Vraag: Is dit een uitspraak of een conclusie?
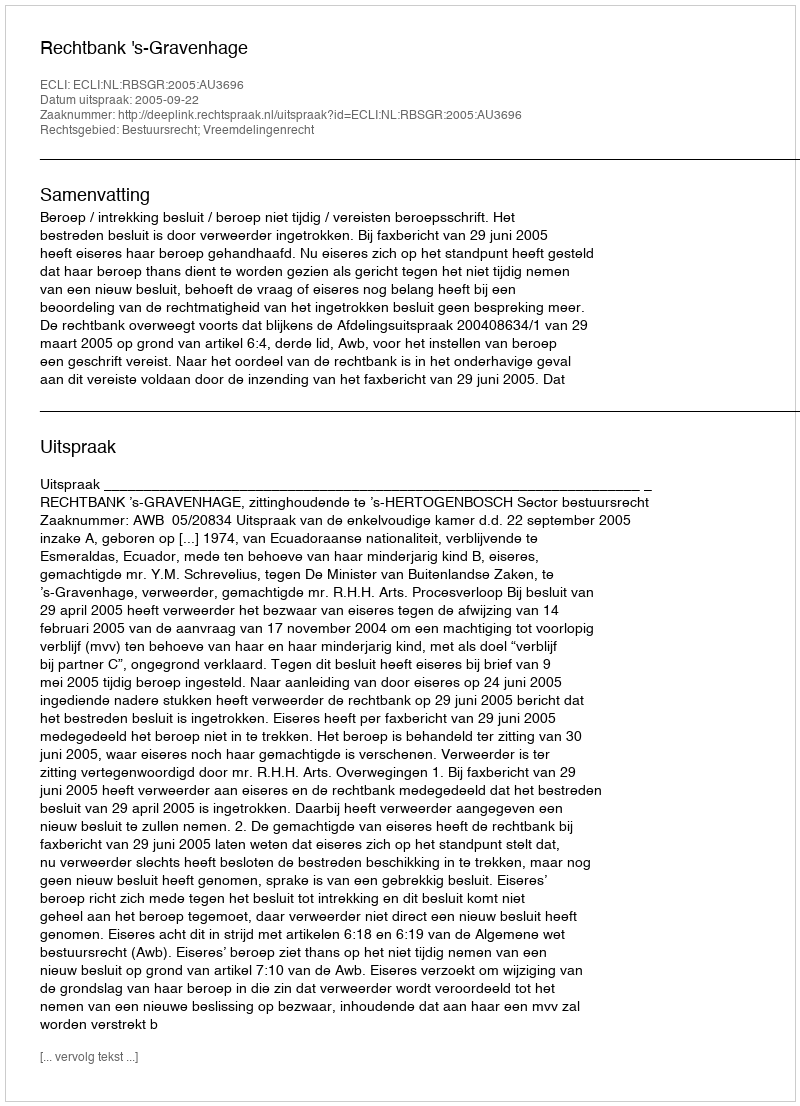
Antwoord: Uitspraak